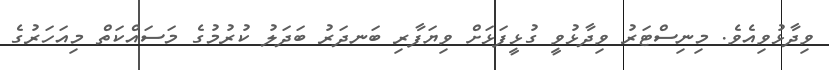
ވިދާޅުވިއެވެ. މިނިސްޓަރު ވިދާޅުވީ ގުޅީފަަޅަށް ވިޔަފާރި ބަނދަރު ބަދަލު ކުރުމުގެ މަސައްކަތް މިއަހަރުގެ